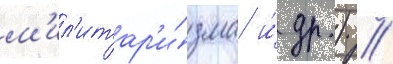
м'ил'итар'и́зма и́ др.) //